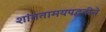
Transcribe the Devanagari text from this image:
शांततामयपद्धतीने